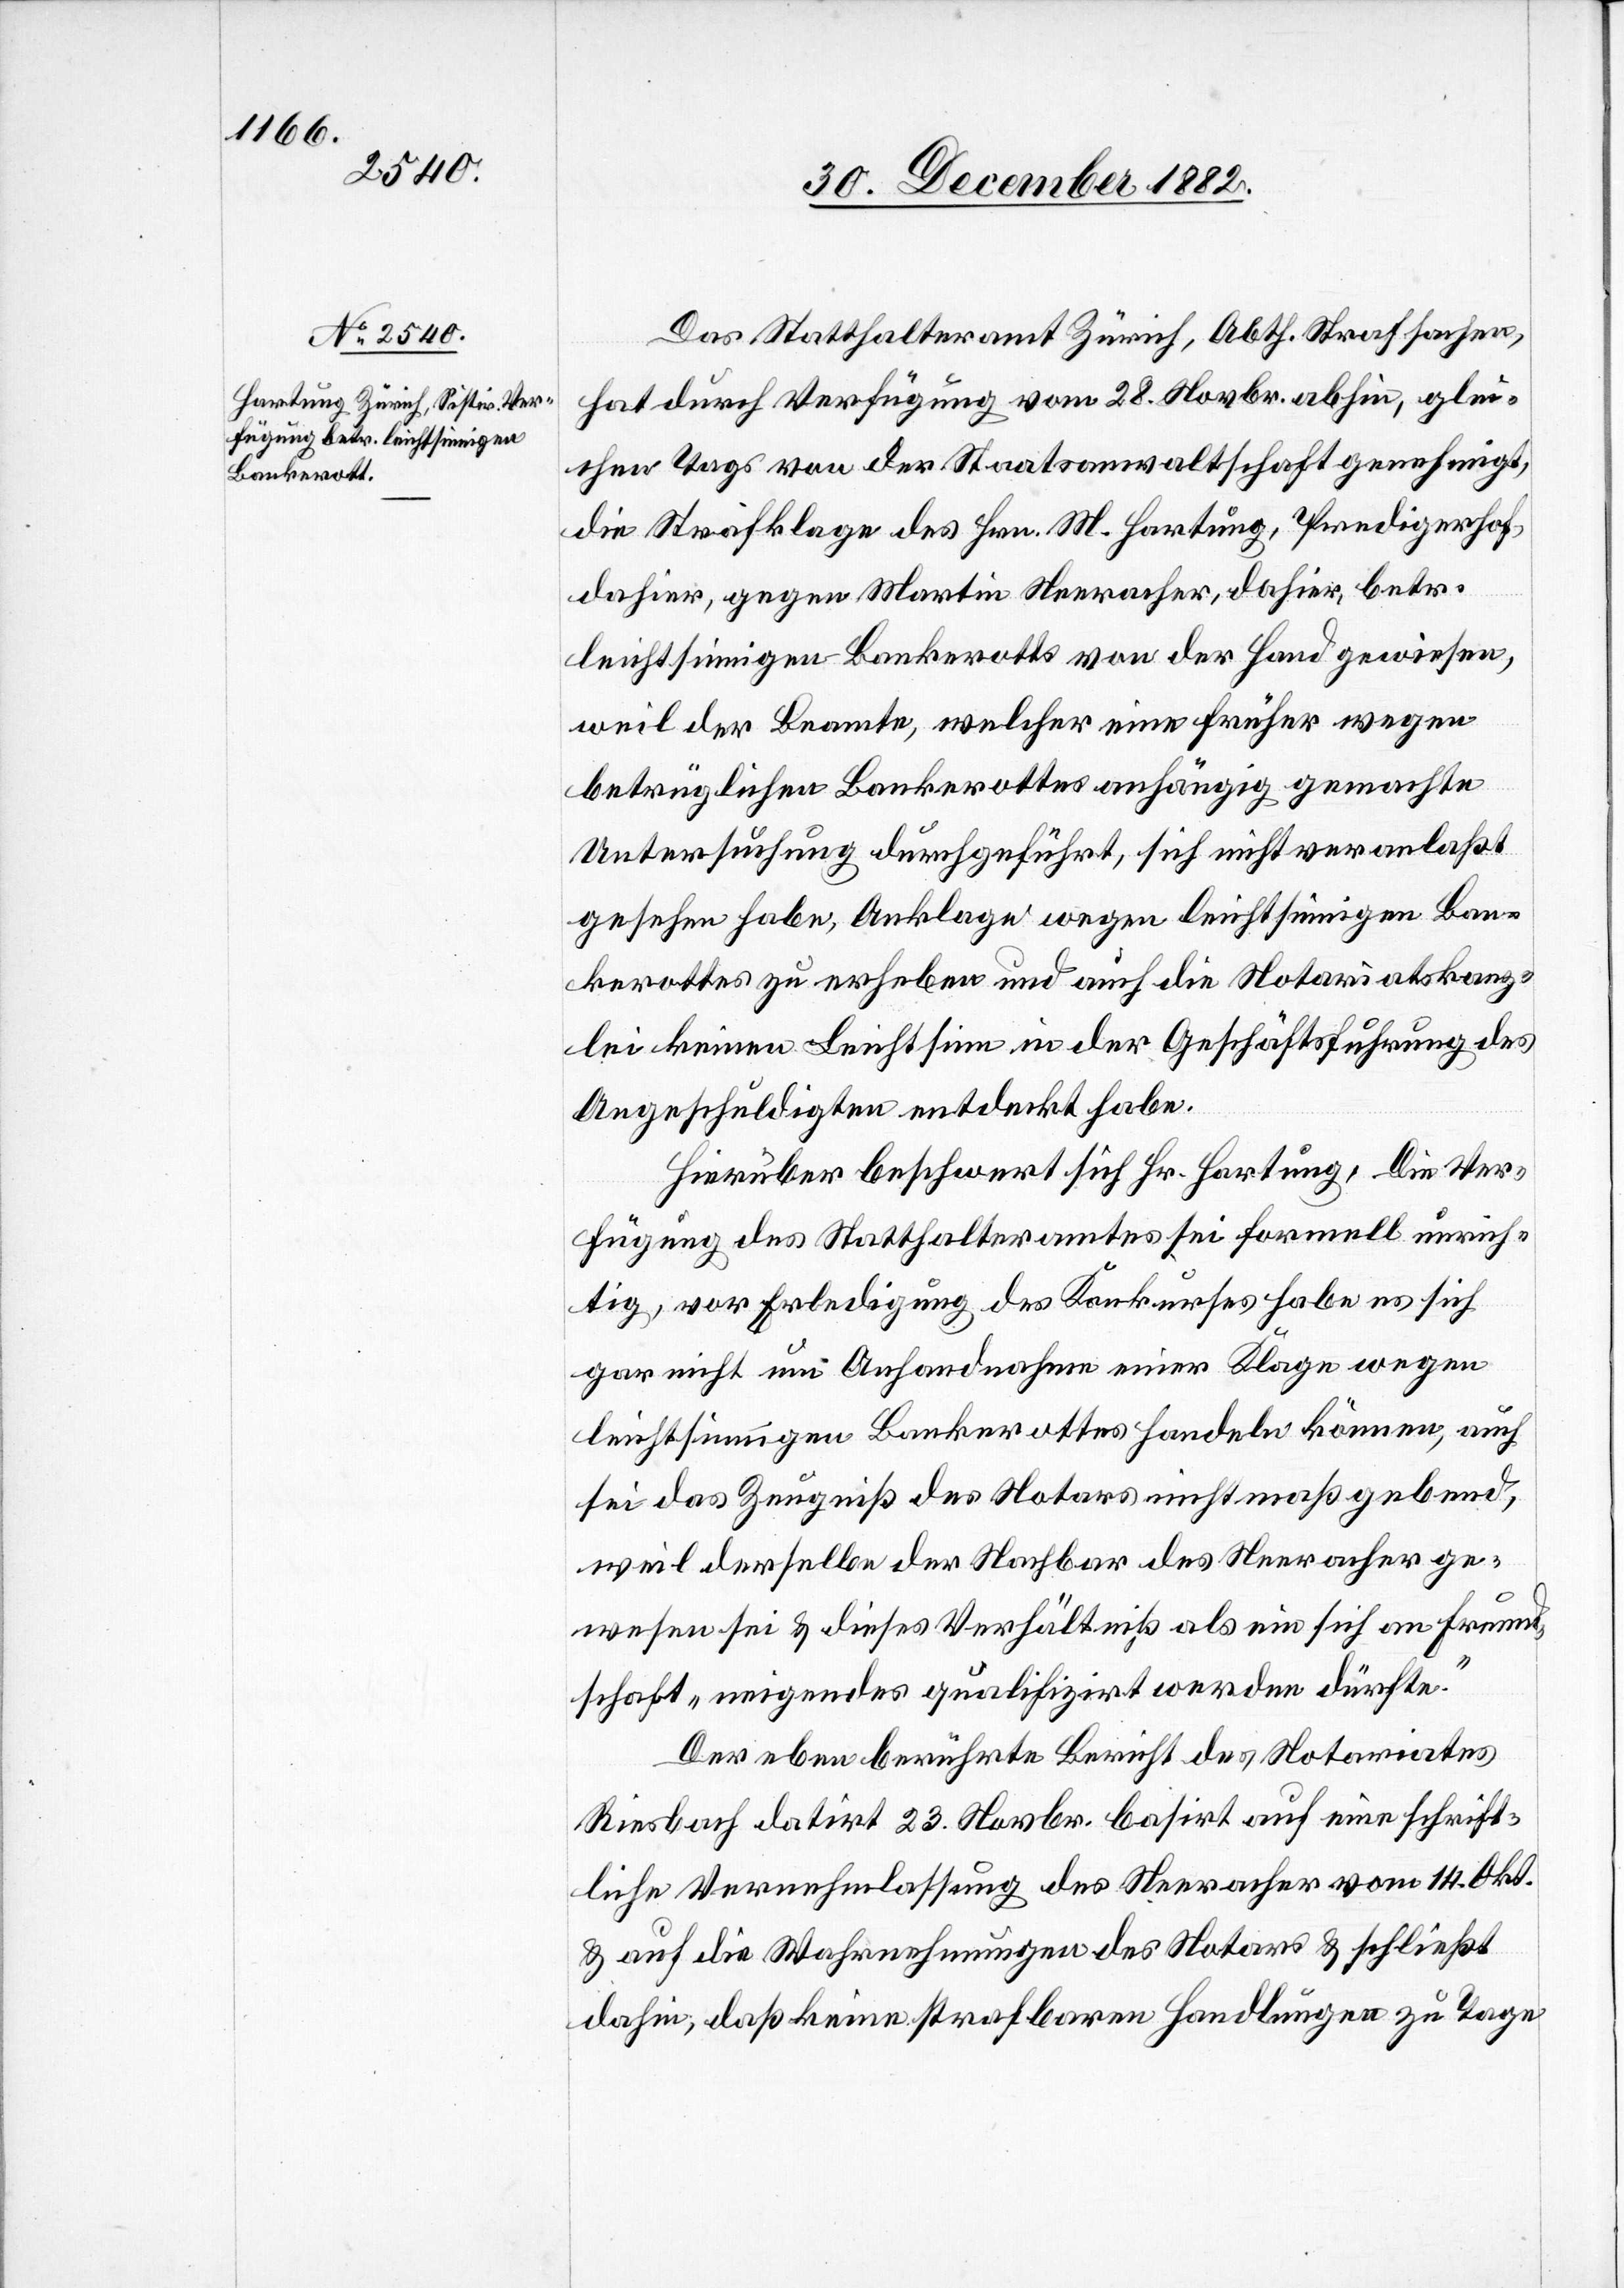
Das Statthalteramt Zürich, Abth. Strafsachen,
hat durch Verfügung vom 28. Novbr. abhin, glei¬
chen Tags von der Staatsanwaltschaft genehmigt,
die Strafklage des Hrn. M. Hartung, Predigerhof,
dahier, gegen Martin Neeracher, dahier, betr.
leichtsinnigen Bankerotts von der Hand gewiesen,
weil der Beamte, welcher eine früher wegen
betrüglichen Bankerottes anhängig gemachte
Untersuchung durchgeführt, sich nicht veranlaßt
gesehen habe, Anklage wegen leichtsinnigen Ban¬
kerottes zu erheben und auch die Notariatskanz¬
lei keinen Leichtsinn in der Geschäftsführung des
Angeschuldigten entdeckt habe.
Hierüber beschwert sich Hr. Hartung: Die Ver¬
fügung des Statthalteramtes sei formell unrich¬
tig, vor Erledigung des Konkurses habe es sich
gar nicht um Anhandnahme einer Klage wegen
leichtsinnigen Bankerottes handeln können, auch
sei das Zeugniß des Notars nicht maßgebend,
weil derselbe der Nachbar des Neeracher ge¬
wesen sei & dieses Verhältniß als ein sich an Freund¬
schaft „neigendes qualifizirt werden dürfte.“
Der eben berührte Bericht des Notariates
Riesbach datirt 23. Novbr. basirt auf eine schrift¬
liche Vernehmlassung des Neeracher vom 14. Okt.
& auf die Wahrnehmungen des Notars & schließt
dahin, daß keine strafbaren Handlungen zu Tage